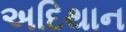
અદિથાન